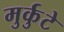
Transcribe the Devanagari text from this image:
मुर्कुटे